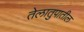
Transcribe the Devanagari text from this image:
तेलातुपातील